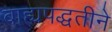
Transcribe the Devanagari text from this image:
बाह्यपद्धतीने